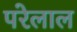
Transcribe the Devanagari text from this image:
परेलाल